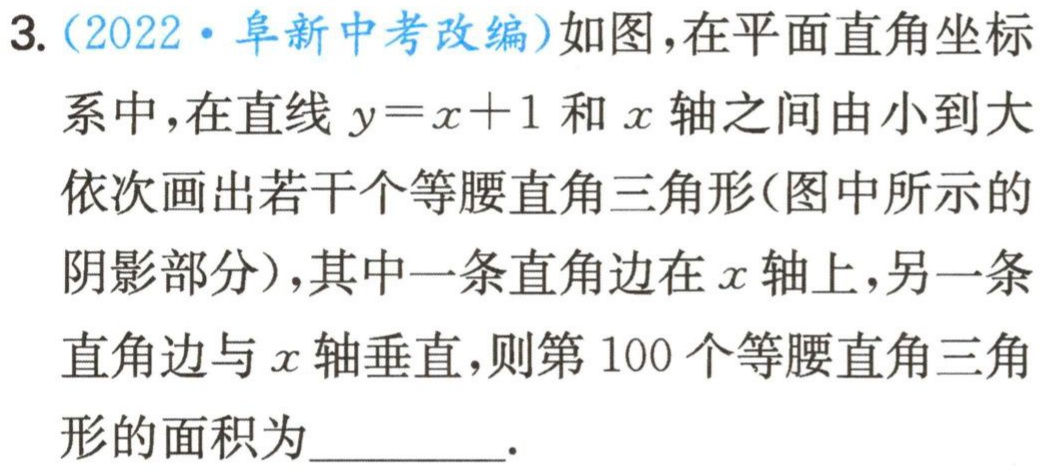
3.（2022·阜新中考改编）如图，在平面直角坐标系中，在直线\(y = x + 1\)和\(x\)轴之间由小到大依次画出若干个等腰直角三角形（图中所示的阴影部分），其中一条直角边在\(x\)轴上，另一条直角边与\(x\)轴垂直，则第\(100\)个等腰直角三角形的面积为_________.